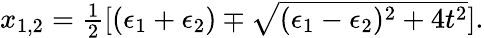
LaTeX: \begin{array}{r}{x_{1,2}=\frac{1}{2}[(\epsilon_{1}+\epsilon_{2})\mp\sqrt{(\epsilon_{1}-\epsilon_{2})^{2}+4t^{2}}].}\end{array}